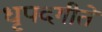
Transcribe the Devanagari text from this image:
धृपदगीते